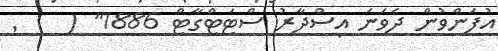
އުފަންވުން ދެވަނަ އިސްދާރު ސްޓަޓްގާޓް 1886" (